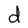
Character: d